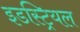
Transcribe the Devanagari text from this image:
इडस्ट्रियल